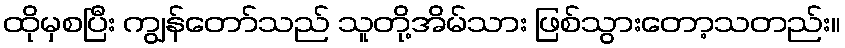
ထိုမှစပြီး ကျွန်တော်သည် သူတို့အိမ်သား ဖြစ်သွားတော့သတည်း။